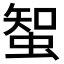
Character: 𧌲